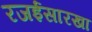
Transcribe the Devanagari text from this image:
रजईसारखा